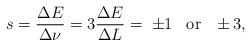
LaTeX: \begin{align*}s = \frac{\Delta E}{\Delta \nu} = 3\frac{\Delta E}{\Delta L}= \; \pm 1 \;\;\; \mbox{or} \;\;\,\pm 3,\end{align*}